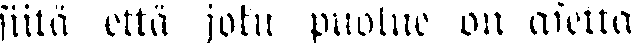
siitä että joku puolue on asetta